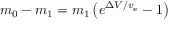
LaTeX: m _ { 0 } - m _ { 1 } = m _ { 1 } \left( e ^ { \Delta V / v _ { \mathrm { e } } } - 1 \right)